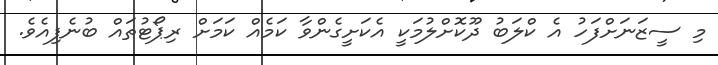
މި ސީޒަނަށްފަހު އެ ކްލަބު ދޫކޮށްލުމަކީ އެކަށީގެންވާ ކަމެއް ކަމަށް ރިޕޯޓުތައް ބުނެފިއެވެ.